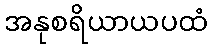
အနုစရိယာယပထံ